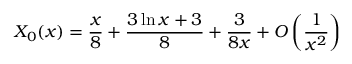
X _ { 0 } ( x ) = \frac { x } { 8 } + \frac { 3 \ln x + 3 } { 8 } + \frac { 3 } { 8 x } + { \cal O } \left( \frac { 1 } { x ^ { 2 } } \right)